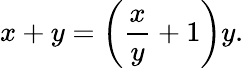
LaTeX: x+y=\left({\frac{x}{y}}+1\right)y.